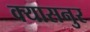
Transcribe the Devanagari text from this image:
क्यासनुर